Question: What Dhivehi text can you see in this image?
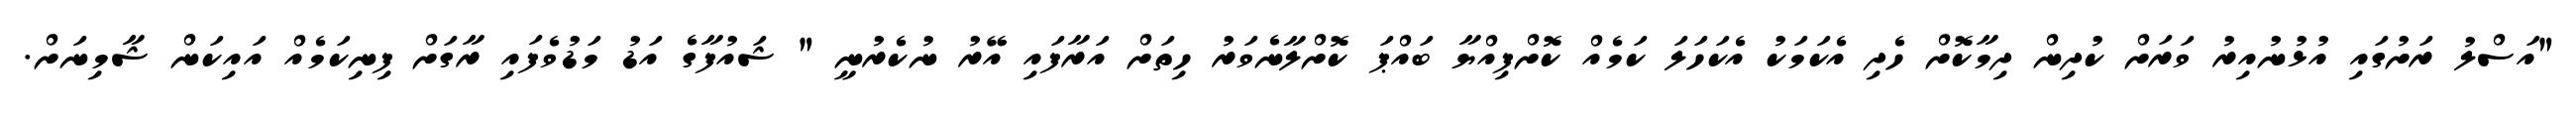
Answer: "އަސްލު ރަށުގައި އުޅުނުއިރު ވަރަށް ކުދިން ދިމާކޮށް ހެދި އެކަމަކު އެކަހަލަ ކަމެއް ކޮށްފިއްޔާ ބައްޕަ ކޮށްލާނެވަރު ހިތަށް އަރާފައި އޭރު ނުކެރުނީ " ޝައުފާގެ އަޑު މަޑުވެފައި ރާގަށް ފިނިކަމެއް އައިކަން ޝާމިނަށް.